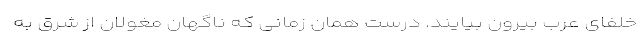
خلفای عرب بیرون بیایند. درست همان زمانی که ناگهان مغولان از شرق به